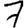
Digit: 7